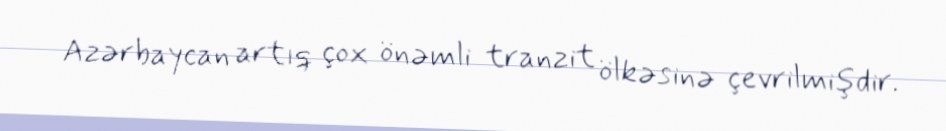
Azərbaycan artıq çox önəmli tranzit ölkəsinə çevrilmişdir.